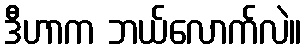
ဒီဟာက ဘယ်လောက်လဲ။